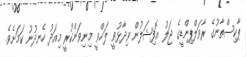
ޕާކިސްތާނުގެ ރާވަލްޕިންޑީގެ ޖަލު އޮފިޝަލުން ވިދާޅުވީ ލަޚްވީ މިނިވަންކުރީ މިއަދު ހެނދުނު ކަމަށެވެ.